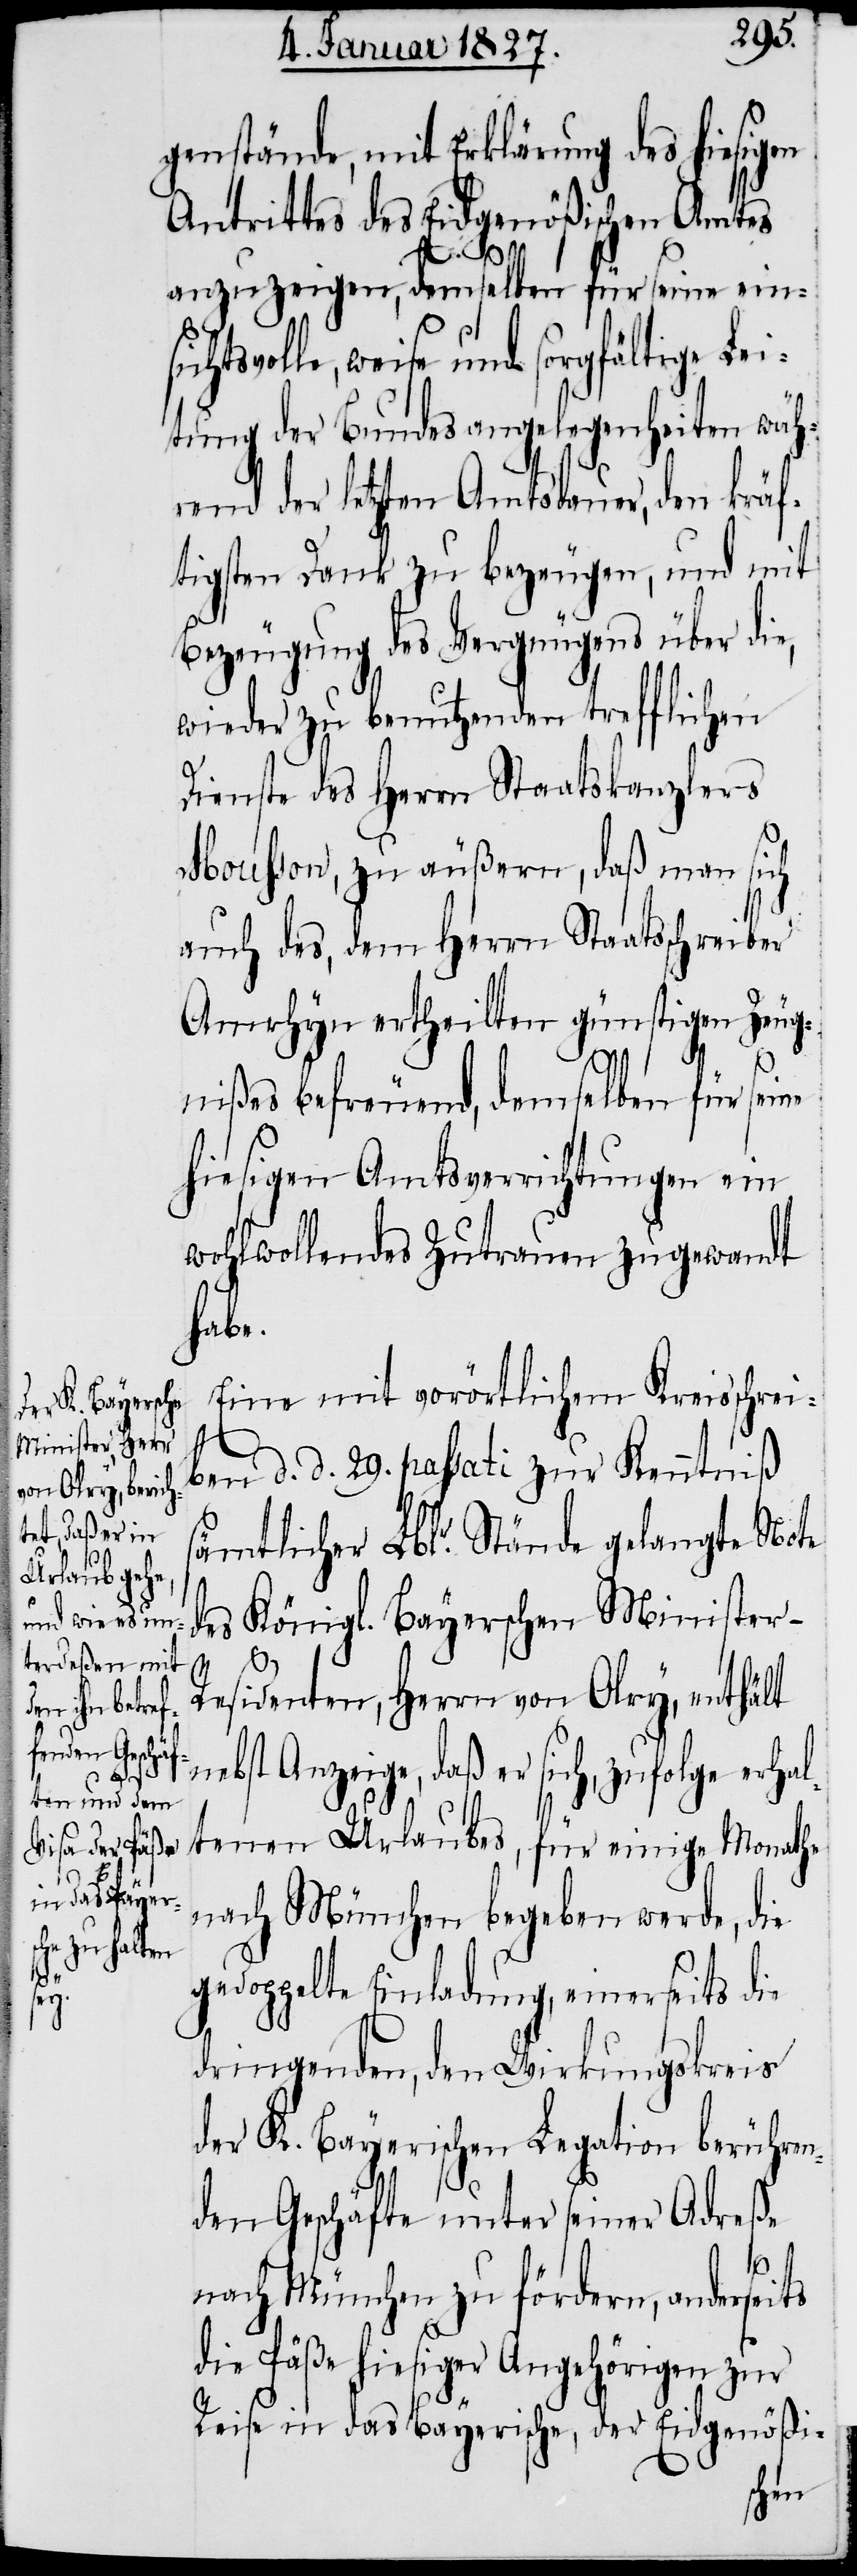
genstände, mit Erklärung des hiesigen
Antrittes des Eidgenößischen Amtes
anzuzeigen, demselben für seine ein¬
htsvolle, weise und sorgfältige Lei¬
tung der Bundesangelegenheiten wäh¬
rend der letzten Amtsdauer, den kräf¬
tigsten Dank zu bezeugen, und mit
Bezeugung des Vergnügens über die,
wieder zu benutzenden trefflichen
Dienste des Herrn Staatskanzlers
Mousson, zu äußern, daß man sich
auch des, dem Herrn Staatsschreiber
Amrhyn ertheilten günstigen Zeug¬
nißes befreuend, demselben für seine
hiesigen Amtsverrichtungen ein
wohlwollendes Zutrauen zugewandt
habe.
Eine mit vorörtlichem Kreisschrei¬
ben d. d. 29. passati zur Kenntniß
sämtlicher Lblr. Stände gelangte Note
des Königl. Bayerschen Minister-R¬
esidenten, Herrn von Olry, enthält
nebst Anzeige, daß er sich, zufolge erhal¬
sic¬
tenen Urlaubes, für einige Monathe
nach München begeben werde, die
gedoppelte Einladung, einerseits die
dringenden, den Wirkungskreis
der K. Bayerischen Legation berühren¬
den Geschäfte unter seiner Adreße
nach München zu fördern, anderseits
die Päße hiesiger Angehörigen zur
Reise in das Bayerische, der Eidgenößi-